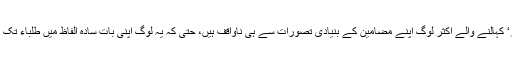
آپ یہ جان کر حیران ہوں گے کہ ’پروفیسر‘ کہالنے والے اکثر لوگ اپنے مضامین کے بنیادی تصورات سے ہی ناواقف ہیں، حتیٰ کہ یہ لوگ اپنی بات سادہ الفاظ میں طلباء تک پہنچانے کی صلاحیت سے بھی عاری ہیں۔